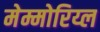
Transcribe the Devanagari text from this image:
मेम्मोरिय्ल